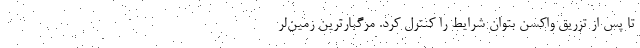
تا پس از تزریق واکسن بتوان شرایط را کنترل کرد. مرگبارترین زمین‌لر